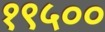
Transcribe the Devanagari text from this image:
१९५००